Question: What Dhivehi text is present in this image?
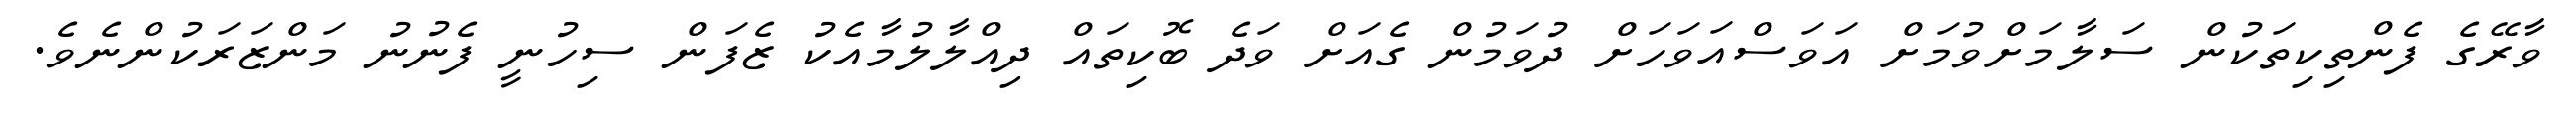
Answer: ވާރޭގެ ފެންތިކިތަކުން ސަލާމަށްވުމަށް އަވަސްއަވަހަށް ދުވަމުން ގެއަށް ވަދެ ބޮކިތައް ދިއްލާލުމާއެކު ޒެފަން ސިހުނީ ފެނުނު މަންޒަރަކުންނެވެ.